Scottish Leaving Certificate Examination, 1957
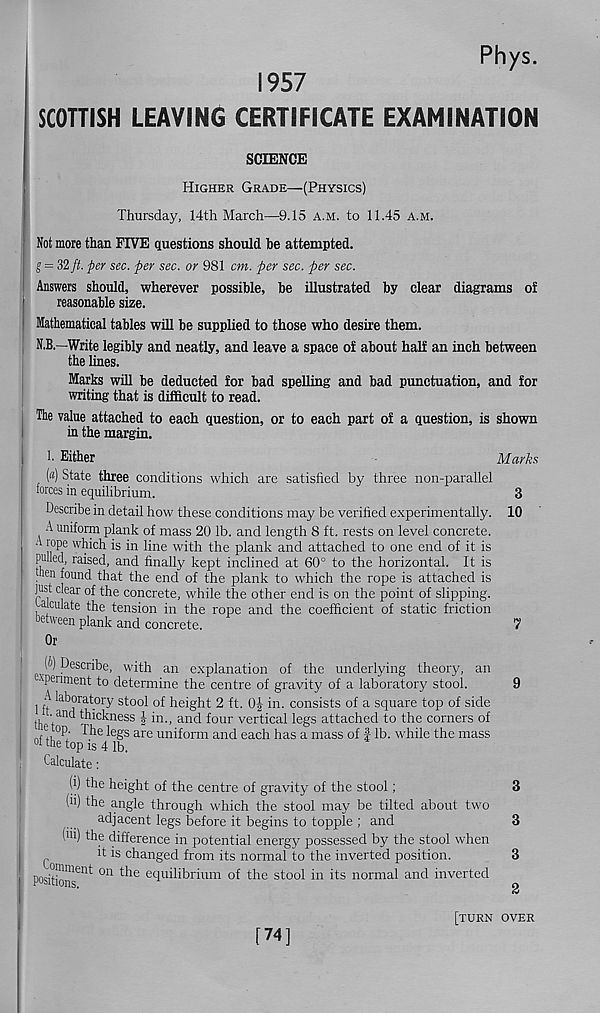
Rhys.
1957
SCOTTISH LEAVING CERTIFICATE EXAMINATION
SCIENCE
Higher Grade—(Physics)
Thursday, 14th March—9.15 a.m. to 11.45 a.m.
Not more than FIVE questions should be attempted.
g = 32 ft. per sec. per sec. or 981 cm. per sec. per sec.
Answers should, wherever possible, be illustrated by clear diagrams o!
reasonable size.
Mathematical tables will be supplied to those who desire them.
N.B.—Write legibly and neatly, and leave a space of about half an inch between
the lines.
Marks will be deducted for bad spelling and bad punctuation, and for
writing that is difficult to read.
The value attached to each question, or to each part of a question, is shown
in the margin.
1. Either
Marks
(«) State three conditions which are satisfied by three non-parallel
forces in equilibrium.
"
3
Describe in detail how these conditions may be verified experimentally. 10
7
9
3
3
3
2
A uniform plank of mass 20 lb. and length 8 ft. rests on level concrete.
A lope which is in line with the plank and attached to one end of it is
piuled, raised, and finally kept inclined at 60° to the horizontal. It is
hen found that the end of the plank to which the rope is attached is
just clear of the concrete, while the other end is on the point of slipping,
“dilate the tension in the rope and the coefficient of static friction
etween plank and concrete.
Or
Describe, with an explanation of the underlying theory, an
experiment to determine the centre of gravity of a laboratory stool.
A laboratory stool of height 2 ft.
in. consists of a square top of side
tip
thinness \ in., and four vertical legs attached to the corners of
le S s are uniform and each has a mass of f lb. while the mass
01 the top is 4 lb.
Calculate:
(i) the height of the centre of gravity of the stool;
(ft) the angle through which the stool may be tilted about two
adjacent legs before it begins to topple ; and
(>ii) the difference in potential energy possessed by the stool when
it is changed from its normal to the inverted position.
Positions 611 *' °n *’* le ^uilibrium of the stool in its normal and inverted
[74]
[turn over